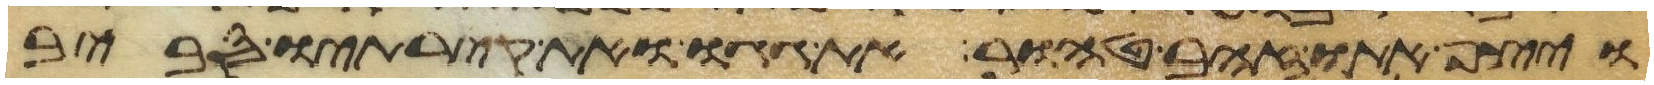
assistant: ויצף אתו זהב טהור את גגו ואת קירתיו סביב